Martna_vallavalitsus, lk 15
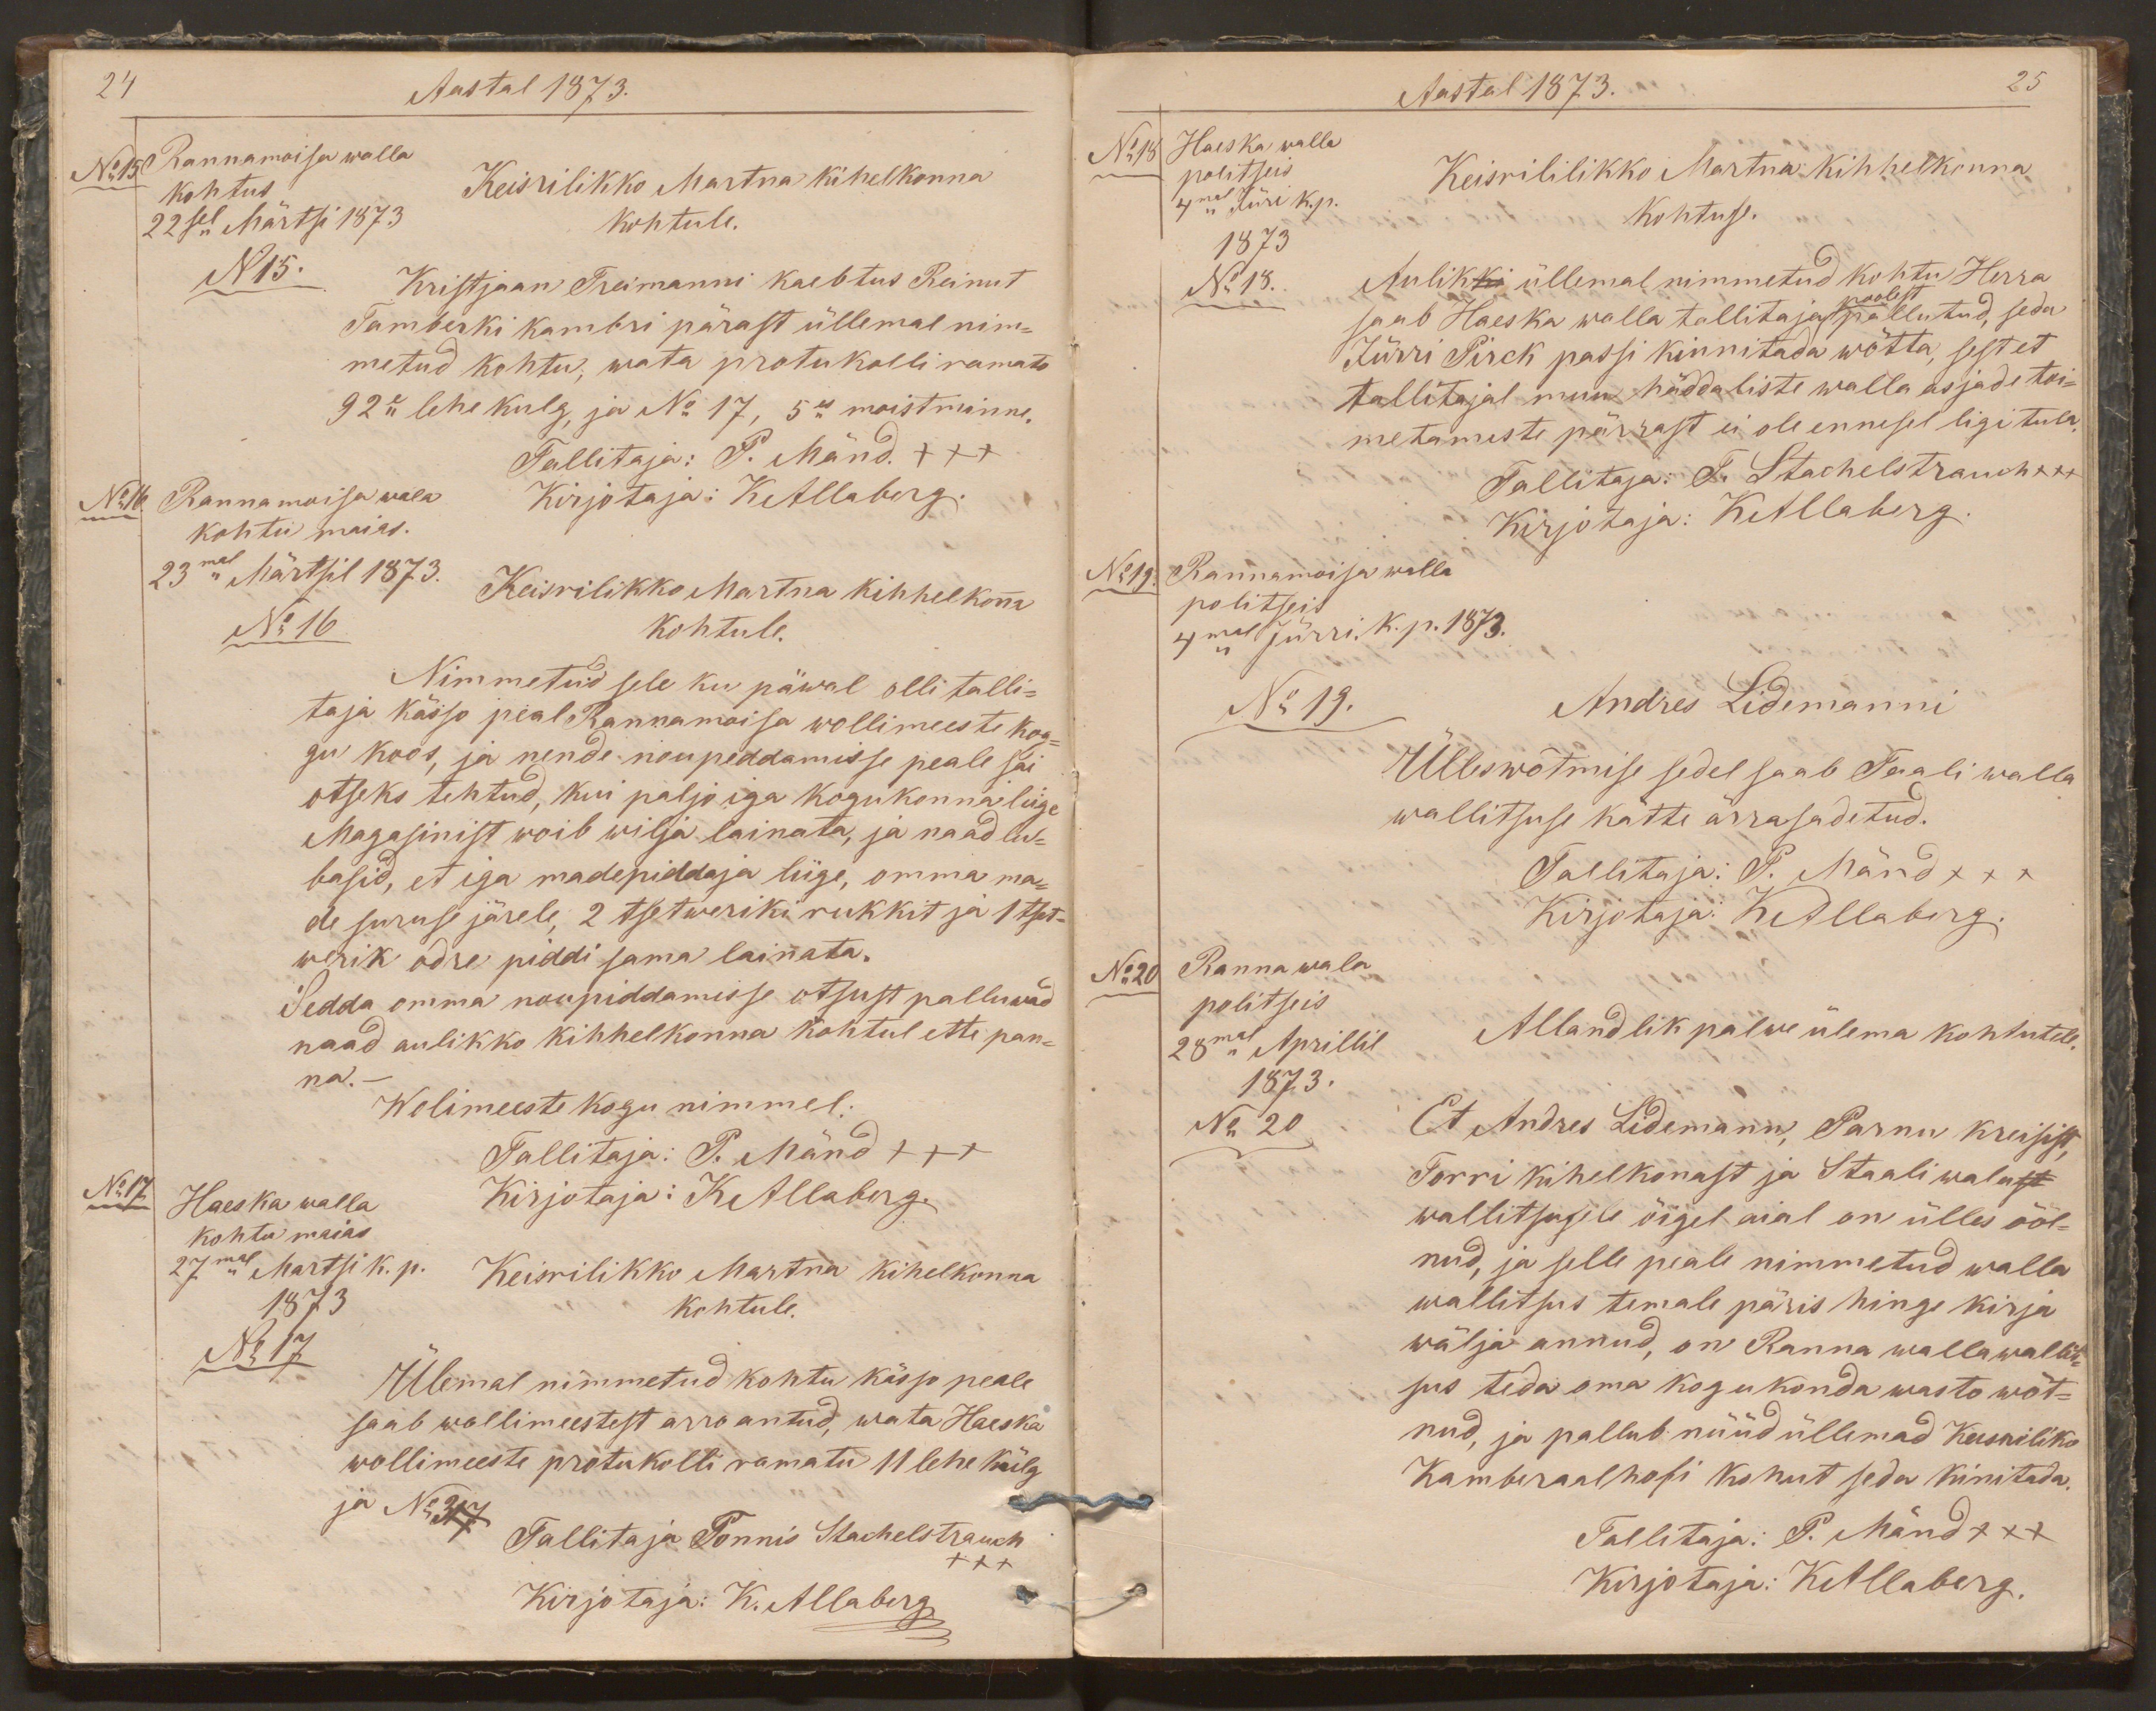
24
Aastal 1873.
No15
Rannamoisa walla
kohtus
Keisrilikko Martna kihelkonna
22sel Märtsi 1873
kohtule.
N 15.
Kristjaan Treimanni kaebtus Reinut
Tamberki kambri pärast üllemal nim-
metud kohtu; wata protukolli ramato
92e lehe kulg, ja No 17, 5es moistminne.
Tallitaja: P. Mänd. xxx
No16.
Rannamoisa wala
Kirjotaja: KAllaberg.
kohtu maias.
23mal Märtsil 1873.
Keisrilikko Martna kihhelkonna
No 16
kohtule.
Nimmetud sele ku päwal olli talli-
taja kässo peal Rannamoisa wollimeeste kog-
gu koos, ja nende noupeddamisse peale sai
otseks tehtud, kui paljo iga kogukonna liige
Magasinist woib wilja lainata, ja naad lu-
basid, et iga madepiddaja liige, omma ma-
de suruse järele, 2 tsetweriki rukkit ja 1 tset-
verik odre piddi sama lainata.
Sedda omma noupiddamisse otsust palluwad
naad aulikko kihhelkonna kohtul ette pan-
na. -
Wolimeeste kogu nimmel:
Tallitaja: P. Mänd xxx
No17
Haeska walla
Kirjotaja: KAllaberg.
kohtu maias
27mal Märtsi k. p.
Keisrilikko Martna kihelkonna
1873
kohtule.
No 17
Ülemal nimmetud kohtu kässo peale
saab wollimeestest arro antud, wata Haeska
wollimeeste protukolli ramatu 11 lehe külg
ja No 317
Tallitaja Tonnis Stachelstrauch
xxx
Kirjotaja: K. Allaberg

Aastal 1873.
25
No18
Haeska walla
politseis
Keisrililikko Martna kihhelkonna
4mal Jüri k.p.
kohtuse.
1873
No 18.
Aulikki üllemal nimmetud kohtu Herra
saab Haeska walla tallitajaks poolest pallutud, seda
Jürri Pirck passi kinnitada wõtta, sest et
tallitajal muu häddaliste walla asjade toi-
metamiste pärrast ei ole ennesel ligi tula.
Tallitaja: T. Stachelstrauch xxx
Kirjotaja: KAllaberg.
Rannamoisa walla
No19.
politseis
4mal Jürri. k.p. 1873.
No 19.
Andres Lidemanni
Ülleswõtmise sedel saab Taali walla
wallitsuse kätte ärrasadetud.
Tallitaja: P. Mänd xxx
Kirjotaja: KAllaberg.
No 20
Ranna wala
politseis
28mal Aprillil
Allandlik palwe ülema kohtutele.
1873.
No 20
Et Andres Lidemann Parnu kreisist,
Torri kihelkonast ja Staali walast
wallitsusele õigel aial on ülles ööl-
nud, ja selle peale nimmetud walla
wallitsus temale päris hinge kirja
wälja annud, on Ranna wallawallit-
sus teda oma kogukonda wasto wõt-
nud, ja pallub nüüd üllemad Keisriliko
Kamberaalhofi kohut seda kinitada.
Tallitaja: P. Mänd xxx
Kirjotaja: KAllaberg.